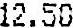
12.50